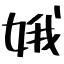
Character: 娥